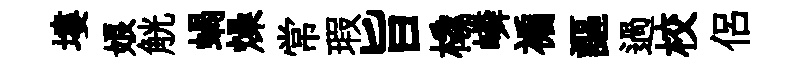
塿娘觥蝸燥常瑕旨橇嶙褊謳過校侣